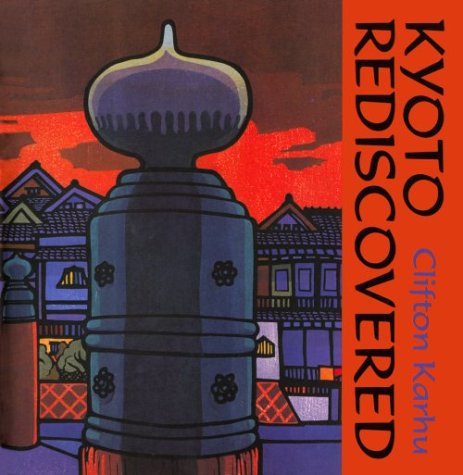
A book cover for Kyoto Rediscovered: A Portfolio of Woodblock Prints; Clifton Karhu; Arts & Photography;